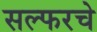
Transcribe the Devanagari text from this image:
सल्फरचे